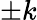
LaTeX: \pm k